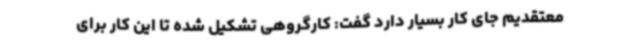
معتقدیم جای کار بسیار دارد گفت: کارگروهی تشکیل شده تا این کار برای